Tezpur Lunatic Asylum reports 1895-1904 - 1895-1904
Year: 1895
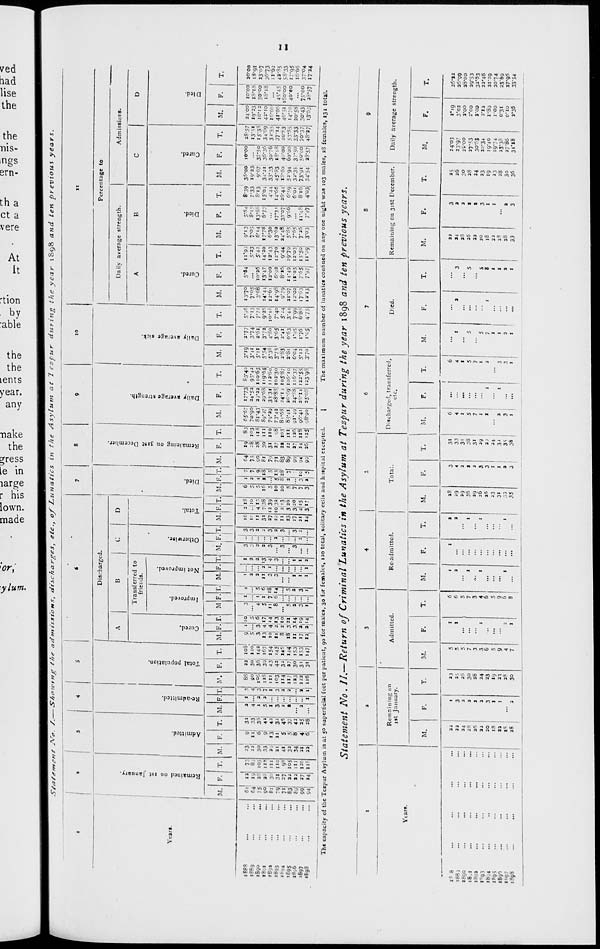
J?i 5? ?*- 1 KB <"<" «
CO^i^Ji^t-JU— Ox/00
3
M :J u b w u u
O
J> ■ *- OO O O* vi t*>
M .:. vo Cn C*Co w v) u» Ul Ui
^
- 50
CO O^O U» 0*4* CO vj Ul o o
'*J '.■ U H M IJ %> M fcj »- u
•AUMU > o*-ve OIOVO SO
UWMMCJCMUM U^U
to Ul d to > . .."_..-<,,.,
■'-»*-
M. H -- 1 U ■, — >. -
• u to
*■)*>**? ui M 4*- t>
"-""•I V.
Ul
M
I I • i - •■- uuuwu
to cocow co o u a uj4» u
U) W
*-iHitOi»M.UWtO
U C I: L »• U U kl '.) U U
OO a '.J 'C OJ 4^ 00 O C»vi
U IJ I! « - M O) " ii M N
» ^i W\D\0 O 0 *** f.MJ 4k
M OOUJ *J J-" OJ di »" 6 vo o
ODOi "D^ O *- U* to O < U.
o n
0 a
o
(I
0
o\ o
"
o 0 0
>o
13
13
a.
> c
3
P
c
3
H
o
p
P
JO
3
w
5»
0
P
«*
P
u
H
cr
Co
I
«
I'
a'
St
c
a
b
3
c
S
b
ft.
R
t
oo
oo
&
a
ft.
«
Si
H
rr
s
"a
M
-.:
B
nft go GO no v oo co >w on <~n <n
WJ CM/I «. \V4 M •. o SO jo
*o o m oo-o* M ODO "i r* c*
M W W U 10 CO
■U *«4 fcj k/S) M g » » » «
kJ k- ij f,j j- W U U* CO M M
OlM O klU)
13
C\+- CC ft Ln - UJ vi G> - O
H
5»
•8
a 'M *» -i 4. U » t u u w
• : M
:
H u w
•• *
M i • • : : „ » : H
V
■^ • U uw « WU4V .^
Si
- 4- 04 « " oo
o o
00
- - o
»0,4. * U0.U u
tl ssat 4w 4- -Ji ■5tj o o
Remained on lat January.
Admitted.
U HUI4 M uji^u: »
O <•
O U> 4>
OlUi o
u w 00- In*
i <>■>» - - : M
-OaMln: » op pm ; ^
f- 1 '-* "-- *-> »-
-
W -b- (ri M k) M
OJM |j •,! CO
CO M Co »J M CO CO
-~
o»__4*_c*5 tri u o NMJI : U
~UN-WtllOjM-M
In Q c^Qj to Q CO Ji O VJ
wo : w cot/1 : i
Re-aUmlttcd.
Total population.
U
5»
Cured.
Improved.
Not improved.
"p i s CO CO^l v>
Ml O 5> *•
s - i) w s »te
o
^3
O_«0 M 00 N <» ■
|q
CJtn c>Wk»WtncntnCoC3
■^ - d cc oc *-J to ai « *." J
O u 4- — CW ^1 Q0^ M Hi kO
M M M C i, 5*j ;. U i) O) ki
O ^J <S O* *•' O. 00 -v." Oi *-l *J
4*^ O-'O; COtn.*-o cvo*»4**»cn
■•d OCvd 4-* ».' 4^ - N NJ M t/
VI VOvQ -u 4* O "X L> '•* Ctl O
11
H
Otherwisc.
C
Total.
C
Died.
Remaining on 31st December.
*J
v. -■ 1 1 . M vO 4- u 4v CJ *0: w
*■♦ C-. o O --IC o\-i^ Oi O "^J
CO U3 U --1 \Q ^3 - ■ *» CD 'Ji O
•^J^l »«4*COO\IOCO O I
VC t> O 4^ MC0 4-.' W*
^J CA oijoyi to o -M o
HI <vi WOO i*> 10 ■ **■ tn V» —
1 -- Ui O -^ 4»' *J 4.' U 4> |j O
_vp_o t*t o 4> O U) O u CO_^_
Ow O>004* cfvCO^-I— 6~"
CO P--11 Hi CSW O 0C4»> C»i t->
vo '-> *o : o>u cowi
C» 6 OJ
\| C\-' O
*h 0?°;Oj>0\+;4-(Jk CO"'! 00
d -* 0 Cn 4k £> 4-* 0 ^ Co tJ
to Oi — vQ 4- O* 4* +- CO CO VD
(;i "vT U Oi M +« Ol W
HI W
4. Co »- tJ iy.tn^j 4. OO O
u" vo cJ vd o\ co t.* »o d. ij d
4- « U»4* 0(PU MNU O
U ■ •• CJ Ov4*. M CO CO CO
ooo-iOoccoo\^i:
.i- ■ ; ',4 ;, u tO CO CO MM ,J
CO O ^ 'J O *-» w 4- f k 0» 00
fcl L.J to 'yj rr HI UI ry. (A •'. r,\
M OJ tO OQ r f
•J Co Ui Co 4* yi vo v: M N^
C\ CO Ji CM
- '-. 1 J ~ ;- 4- *- t- M M 0
COO 04* 0>" Jvw OiVO 4*
o 4^ ui -» -ji d» d - -? li o"
Co CO CC O HI .> '> O (J C» Q
r^ a 5 0 0 41 : - cf H
0
y
0
0
0 8 ft S s So 0
0
1-1 ■ . - - ;i 4. NU U M u
«*J^1 o~< COM *. CJW 00O
w 6 cf>o LJ' i O'^ c id d
■K.V CMAU14I I. U"4M o
Daily average strength.
Daily average sick.
13
Cured.
13
Died.
Cured.
ij
Died.
«
o
0
> o.
3
tv
> >\
s
*v 1
^1
ft'
X
<V
<k
^
5v
c
3
w
00
vD
00
&
S
a.
<k
s
S'
K
v«
n.
1
41
5V
II